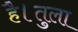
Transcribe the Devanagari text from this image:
है।तुला